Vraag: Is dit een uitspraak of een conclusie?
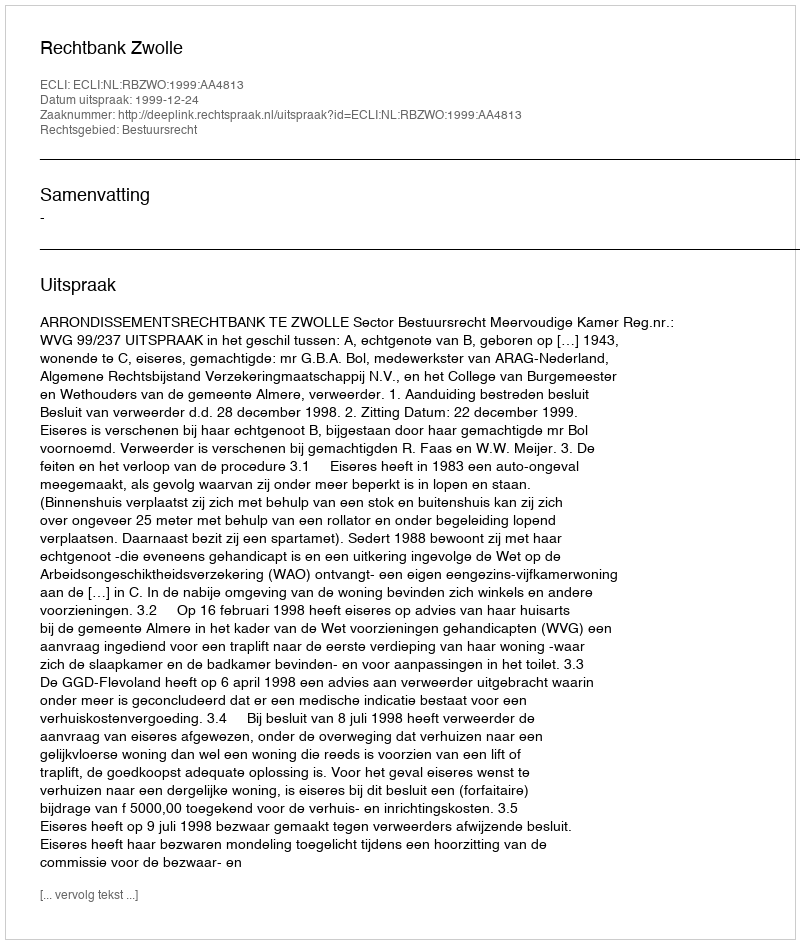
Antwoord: Uitspraak